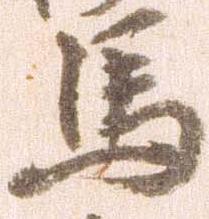
馬